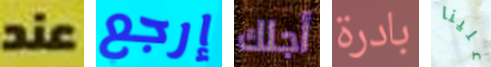
عند إرجع أجلك بادرة علينا